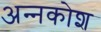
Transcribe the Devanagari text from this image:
अन्‍नकोश